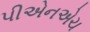
પીએનએચ